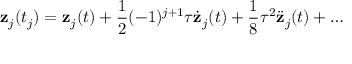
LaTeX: { \bf z } _ { j } ( t _ { j } ) = { \bf z } _ { j } ( t ) + { \frac { 1 } { 2 } } ( - 1 ) ^ { j + 1 } \tau \dot { \bf z } _ { j } ( t ) + { \frac { 1 } { 8 } } \tau ^ { 2 } \ddot { \bf z } _ { j } ( t ) + \dots